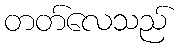
တတ်လေသည်